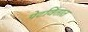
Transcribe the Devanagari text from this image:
पेटवितात